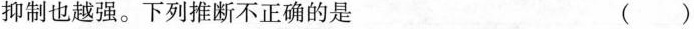
抑制也越强。下列推断不正确的是 ()